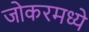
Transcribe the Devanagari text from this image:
जोकरमध्ये